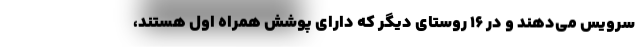
سرویس می‌دهند و در 16 روستای دیگر که دارای پوشش همراه اول هستند،